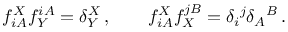
f _ { i A } ^ { X } f _ { Y } ^ { i A } = \delta _ { Y } ^ { X } \, , \qquad f _ { i A } ^ { X } f _ { X } ^ { j B } = \delta _ { i } { } ^ { j } \delta _ { A } { } ^ { B } \, .